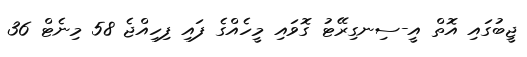
ޖީބުގައި އޮތް އީ-ސިނގިރޭޓު ގޮވައި މީހެއްގެ ފައި ފިހިއްޖެ 58 މިނެޓް 36